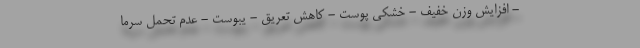
- افزایش وزن خفیف - خشکی پوست - کاهش تعریق - یبوست - عدم تحمل سرما